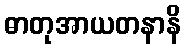
ဓာတုအာယတနာနိ